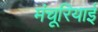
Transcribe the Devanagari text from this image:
मंचूरियाई